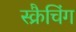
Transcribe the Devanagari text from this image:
स्क्रैचिंग